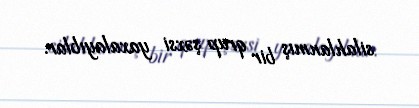
silahlanmış bir qrup şəxsi yaxalayıblar.